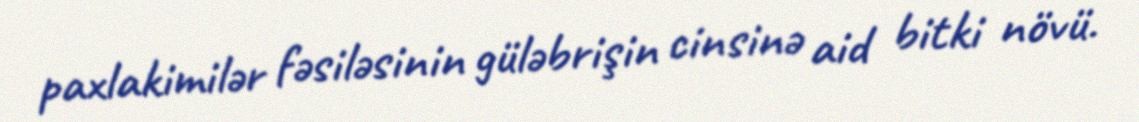
paxlakimilər fəsiləsinin güləbrişin cinsinə aid bitki növü.